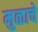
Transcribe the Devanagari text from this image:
मुळाचे